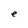
Character: e